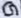
Text: G